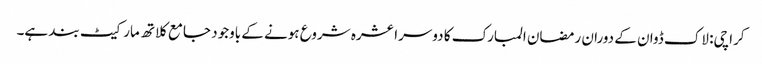
کراچی: لاک ڈوان کے دوران رمضان المبارک کا دوسرا عشرہ شروع ہونے کے باوجود جامع کلاتھ مارکیٹ بند ہے۔